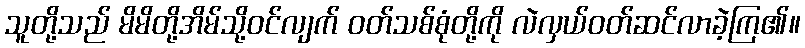
သူတို့သည် မိမိတို့အိမ်သို့ဝင်လျက် ဝတ်သစ်စုံတို့ကို လဲလှယ်ဝတ်ဆင်လာခဲ့ကြ၏။